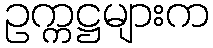
ဥက္ကဋ္ဌများက